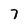
Character: 7